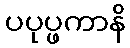
ပပုပ္ဖကာနိ